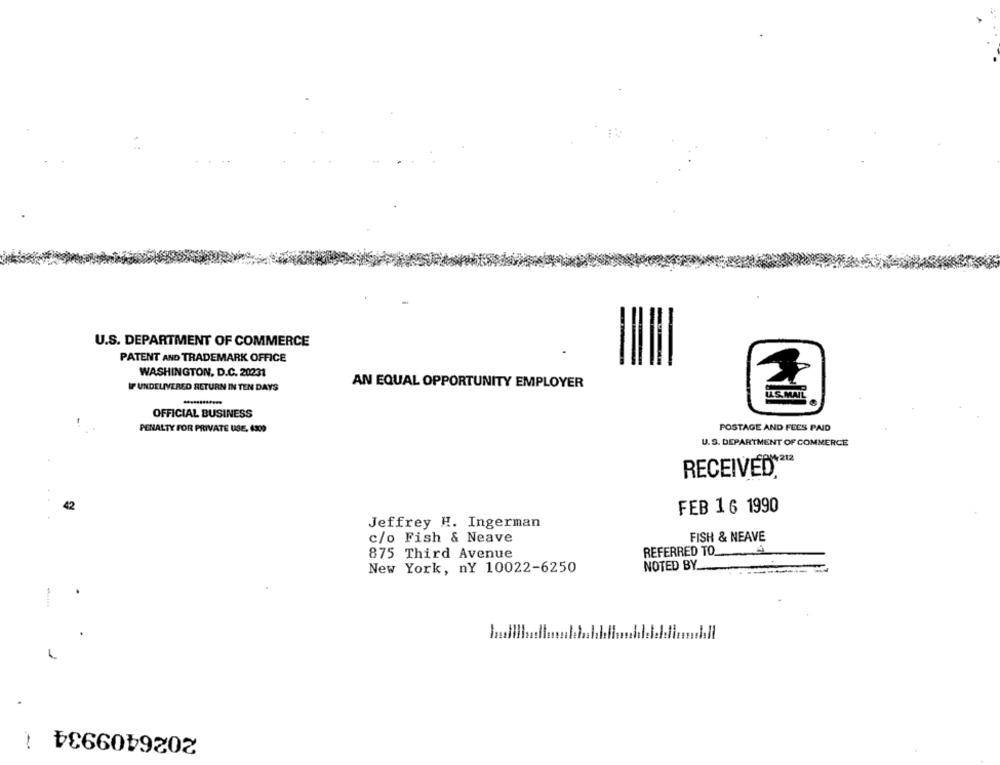
U.S. DEPARTMENT OF COMMERCE
PATENT AND TRADEMARK OFFICE
WASHINGTON, D.C. 20231
IF UNDELIVERED RETURN IN TEN DAYS
AN EQUAL OPPORTUNITY EMPLOYER
ULS.MAIL
OFFICIAL BUSINESS
PENALTY FOR PRIVATE USE, 4300
POSTAGE AND FEES PAID
U.S. DEPARTMENT OF COMMERCE
RECEIVED ** 13
.
42
FEB 16 1990
Jeffrey H. Ingerman
c/o Fish & Neave
FISH & NEAVE
REFERRED TO
875 Third Avenue
NOTED BY ...
New York, nY 10022-6250
hull
1
2026409934
-